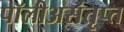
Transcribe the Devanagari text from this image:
पॉलीअसंतृप्त